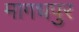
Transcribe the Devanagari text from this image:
मागधपुर